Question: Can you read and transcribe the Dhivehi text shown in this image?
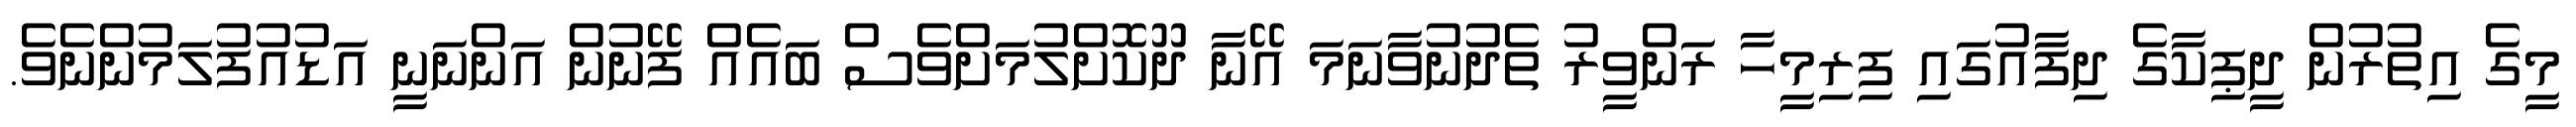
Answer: މީގެ އިތުރުން ދީޕިކާގެ ދިފާއުގައި ފިރިމީހާ ރަންވީރު ތެދުނުވާނަމަ އޭނާ ދޫކޮށްލުމަށްވެސް ބައެއް ފޭނުން އަންނަނީ އަޑުއުފުލަމުންނެވެ.